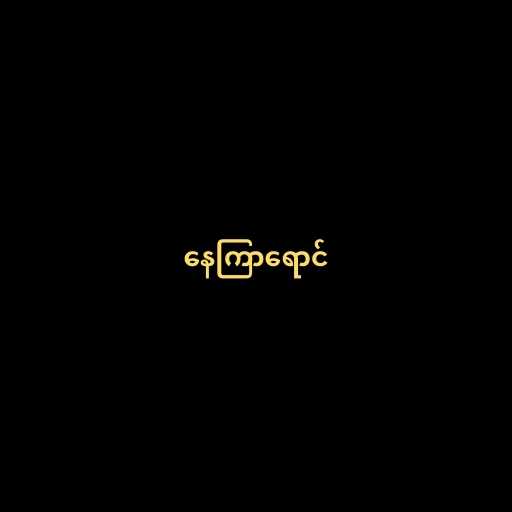
နေကြာရောင်